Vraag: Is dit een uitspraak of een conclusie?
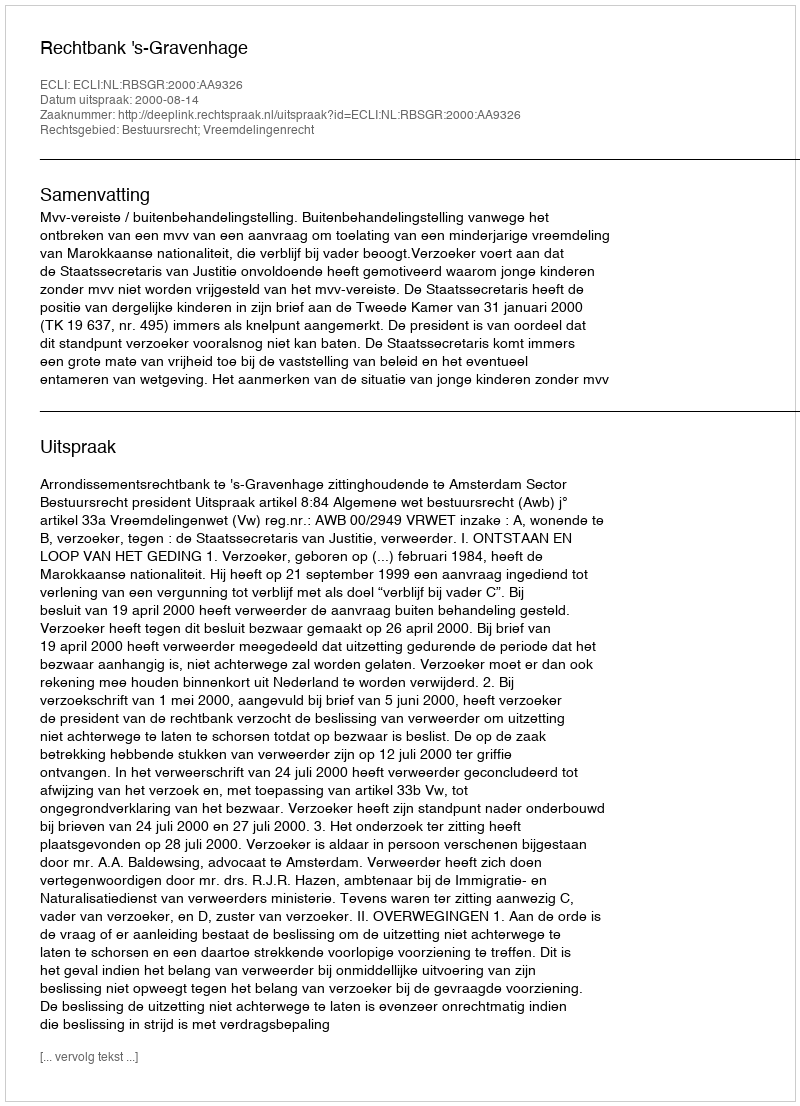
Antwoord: Uitspraak